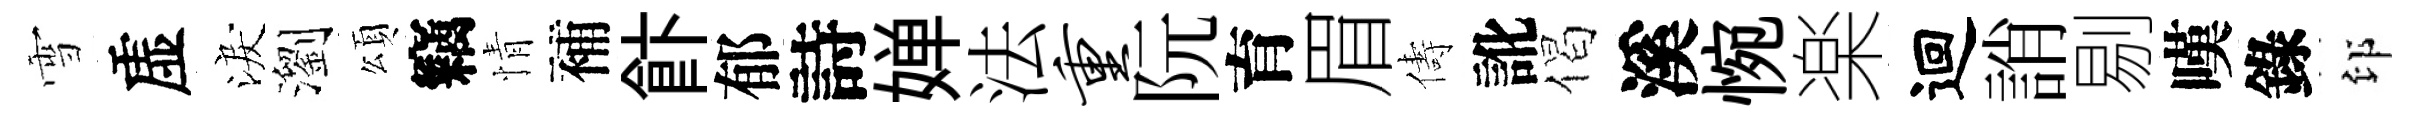
雪虚淚瀏頌竊情補飰郁詩婵法重阮育眉儔訛偈溪惋楽迴誚剔嘆錄印